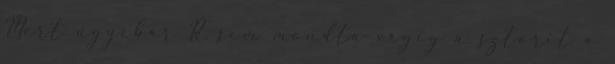
Mert ugyebár R. sem mondta végig a sztorit a